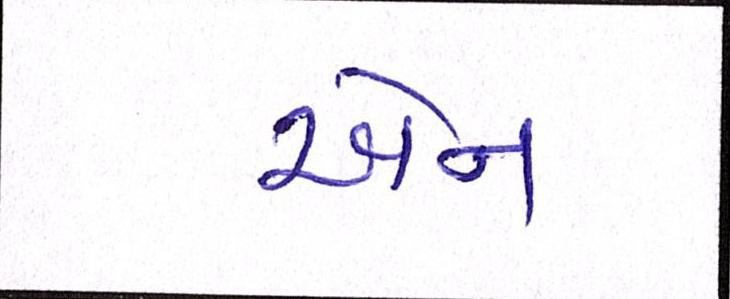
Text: એન